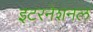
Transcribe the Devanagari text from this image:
इटरनेशनल